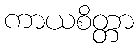
ကာယစိတ္တာ